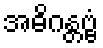
အဓိဂန္တဗ္ဗံ